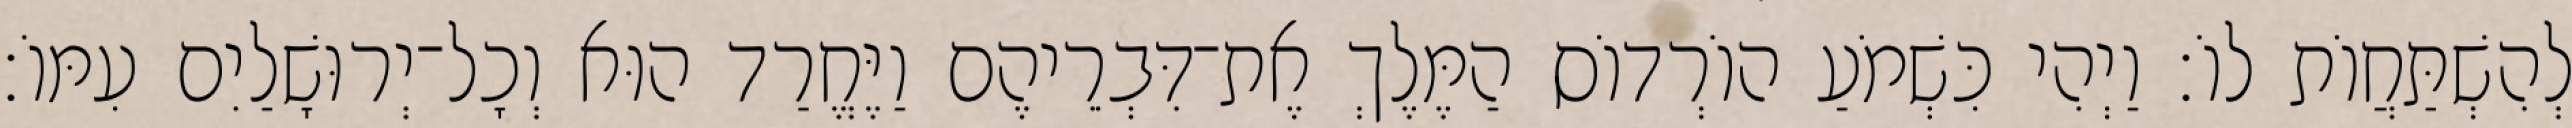
לְהִשְׁתַּחֲוֹת לוֹ׃ וַיְהִי כִּשְׁמֹעַ הוֹרְדוֹס הַמֶּלֶךְ אֶת־דִּבְרֵיהֶם וַיֶּחֱרַד הוּא וְכָל־יְרוּשָׁלַיִם עִמּוֹ׃